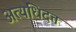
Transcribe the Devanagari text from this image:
अत्यधिदत्त